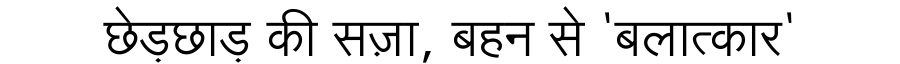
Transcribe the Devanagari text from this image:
छेड़छाड़ की सज़ा, बहन से 'बलात्कार'